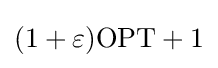
(1+\varepsilon )\mathrm {OPT} +1